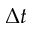
\Delta t